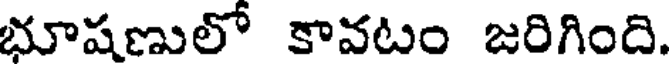
భూషణులో కావటం జరిగింది.